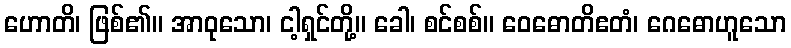
ဟောတိ၊ ဖြစ်၏။ အာဝုသော၊ ငါ့ရှင်တို့။ ခေါ၊ စင်စစ်။ ဝေဓောတိဧတံ၊ ဂေဓောဟူသော